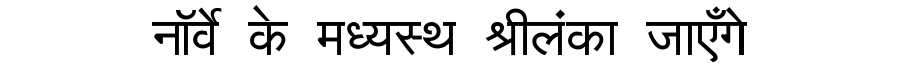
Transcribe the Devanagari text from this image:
नॉर्वे के मध्यस्थ श्रीलंका जाएँगे